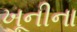
ખૂનીના